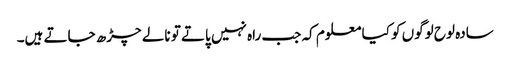
سادہ لوح لوگوں کو کیا معلوم کہ جب راہ نہیں پاتے تو نالے چڑھ جاتے ہیں۔